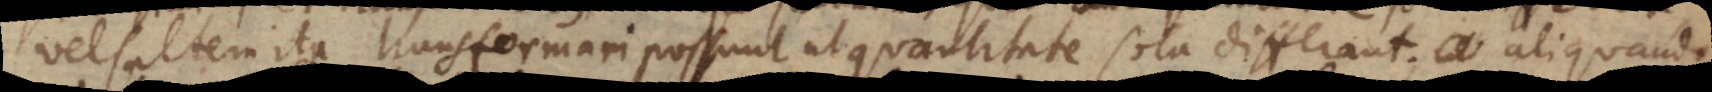
vel saltem ita transformari possunt ut quantitate sola differant; aliquand